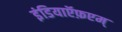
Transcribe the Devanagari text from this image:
इंडियाऍफ़एम्